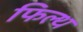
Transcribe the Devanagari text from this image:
फिल्थ